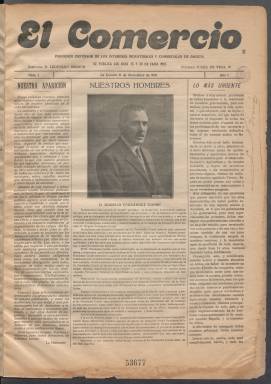
Título: El Comercio (La Coruña)
Colección: Periódicos
Ámbito geográfico: La Coruña
Lugar de publicación: La Coruña
Fechas: 15/11/1924-30/12/1924